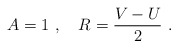
\begin{align*}A = 1\ ,\quad R = \frac{V-U}{2}\ .\end{align*}